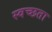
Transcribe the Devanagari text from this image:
स्वच्‍छता